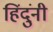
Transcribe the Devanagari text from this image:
हिंदुंनी